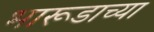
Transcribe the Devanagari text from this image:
भारूडाच्या